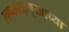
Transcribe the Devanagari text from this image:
लष्करप्रमुखाच्या